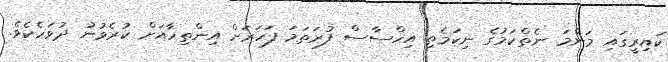
ކައިރީގައި މަންމަ ނެތްކަމުގެ ނިކަމެތި އިހްސާސް ފުރަތަމަ ފަހަރަށް އިންތިހާއަށް ކުރެވުނު ދުވަހެކެވެ.